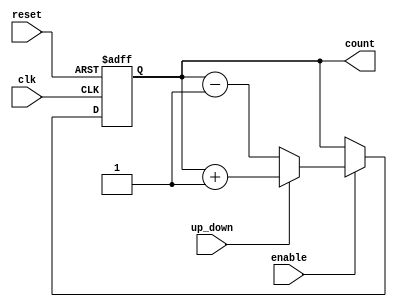
module UpDownCounter (
    input wire clk,          // Clock signal
    input wire reset,        // Asynchronous reset
    input wire up_down,      // Control signal for counting direction
    input wire enable,       // Enable signal for counting
    output reg [N-1:0] count // Current count value
);
    parameter N = 4; // Number of bits for the counter

    // Asynchronous reset and counting logic
    always @(posedge clk or posedge reset) begin
        if (reset) begin
            count <= 0; // Reset the counter to 0
        end
        else if (enable) begin
            if (up_down) begin
                count <= count + 1; // Count up
            end
            else begin
                count <= count - 1; // Count down
            end
        end
    end
endmodule